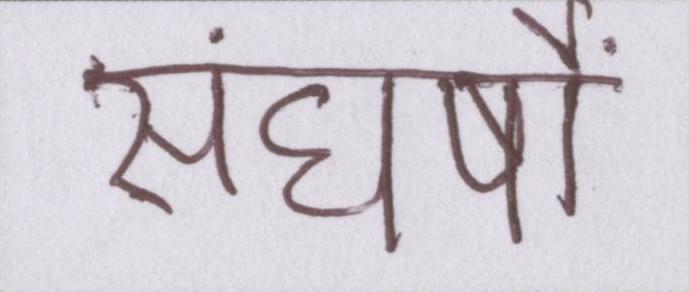
संघर्षों